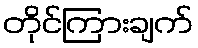
တိုင်ကြားချက်